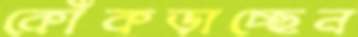
কোঁকড়াচ্ছেন